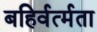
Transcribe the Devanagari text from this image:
बहिर्वर्त्मता